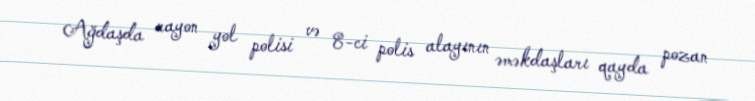
Ağdaşda rayon yol polisi və 8-ci polis alayının əməkdaşları qayda pozan